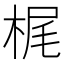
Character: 梶